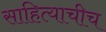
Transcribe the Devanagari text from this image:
साहित्याचीच